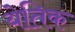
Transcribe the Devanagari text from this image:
येतिक